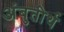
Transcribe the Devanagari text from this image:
अंबुतीर्थ